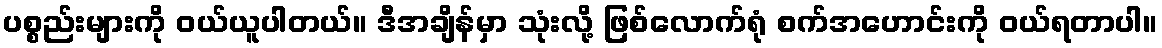
ပစ္စည်းများကို ဝယ်ယူပါတယ်။ ဒီအချိန်မှာ သုံးလို့ ဖြစ်လောက်ရုံ စက်အဟောင်းကို ဝယ်ရတာပါ။